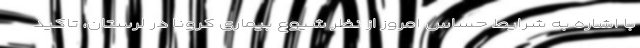
با اشاره به شرایط حساس امروز از نظر شیوع بیماری کرونا در لرستان، تاکید